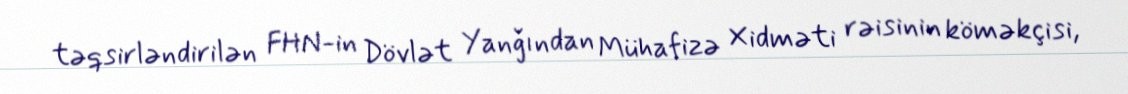
təqsirləndirilən FHN-in Dövlət Yanğından Mühafizə Xidməti rəisinin köməkçisi,